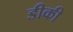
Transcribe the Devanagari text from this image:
डीकी